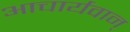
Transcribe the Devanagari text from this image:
आचार्यवान्